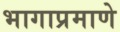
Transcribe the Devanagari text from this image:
भागाप्रमाणे